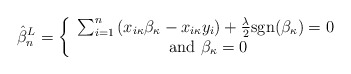
\begin{align*}\hat{\beta}^L_n = \left\{\begin{array}{c}\sum_{i=1}^{n} \left(x_{i\kappa}\beta_\kappa - x_{i\kappa}y_i\right)+\frac{\lambda}{2}\mbox{sgn}(\beta_\kappa)=0 \\\mbox{ and } \beta_{\kappa}=0\end{array} \right.\end{align*}